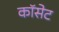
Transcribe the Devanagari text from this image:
कॉसेट